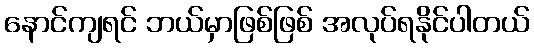
နောင်ကျရင် ဘယ်မှာဖြစ်ဖြစ် အလုပ်ရနိုင်ပါတယ်